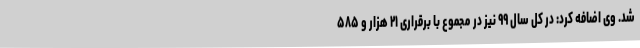
شد. وی اضافه کرد: در کل سال ۹۹ نیز در مجموع با برقراری ۲۱ هزار و ۵۸۵